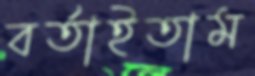
বর্তাইতাম